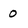
Character: 0